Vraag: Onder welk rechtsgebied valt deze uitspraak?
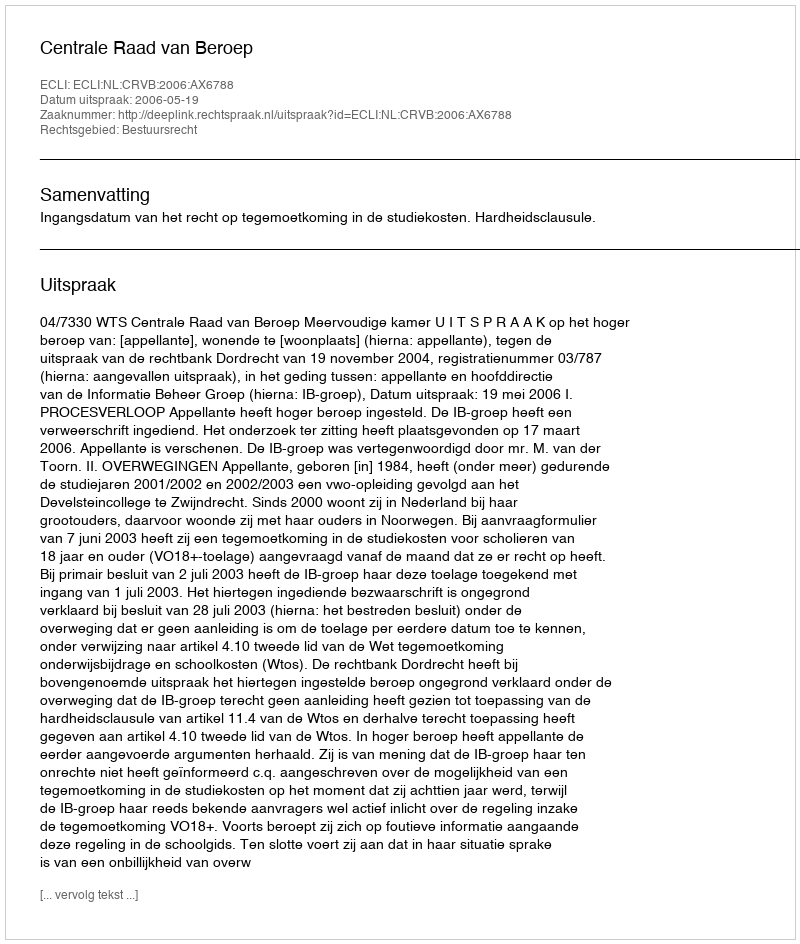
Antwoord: Bestuursrecht